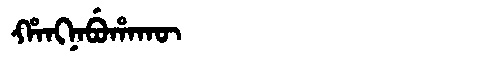
Manchu: ᡥᠠᠩᠨᠠᠪᡠᡥᠠᡴᡡ
Romanization: HANGNABUHAKŪ